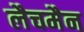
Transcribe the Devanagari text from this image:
लैचमैन